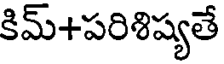
కిమ్+పరిశిష్యతే